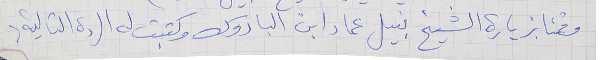
وقمنا بزيارة الشيخ نبيل عماد ابن الباروك وكتبت له الردة التالية :